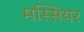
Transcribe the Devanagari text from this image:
मस्सियर